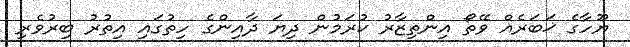
ޔޫހާގެ ޚަބަރެއް ވޭތޯ އިންތިޒާރު ކުރަމުން ދިޔަ ދާއިންގެ ހިތުގައި އިތުރު ބިރުވެރި